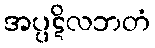
အပ္ပဋိလဘတံ